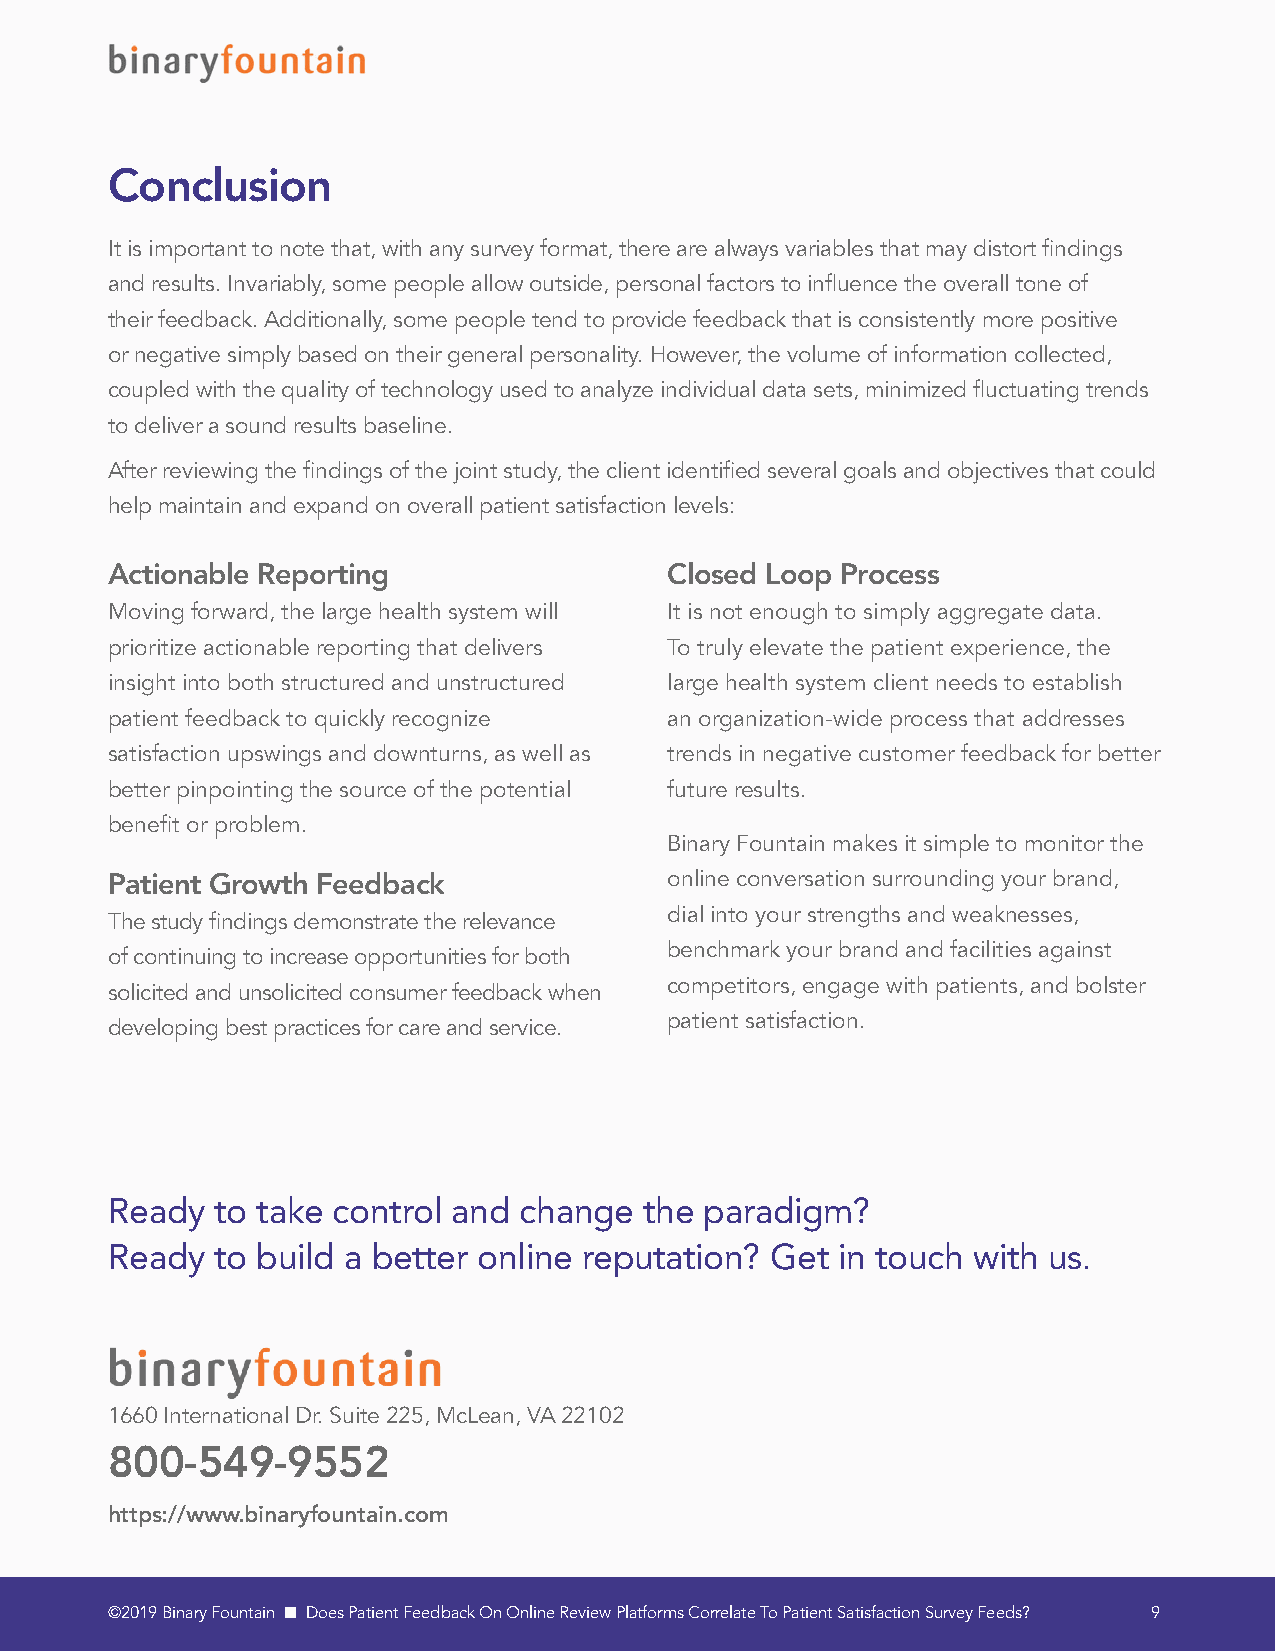
Conclusion
 It is important to note that, with any survey format, there are always variables that may distort findings
 and results. Invariably, some people allow outside, personal factors to influence the overall tone of
 their feedback. Additionally, some people tend to provide feedback that is consistently more positive
 or negative simply based on their general personality. However, the volume of information collected,
 coupled with the quality of technology used to analyze individual data sets, minimized fluctuating trends
 to deliver a sound results baseline.
 After reviewing the findings of the joint study, the client identified several goals and objectives that could
 help maintain and expand on overall patient satisfaction levels:
 Actionable Reporting                 Closed Loop Process
 Moving forward, the large health system will It is not enough to simply aggregate data.
 prioritize actionable reporting that delivers To truly elevate the patient experience, the
 insight into both structured and unstructured large health system client needs to establish
 patient feedback to quickly recognize an organization-wide process that addresses
 satisfaction upswings and downturns, as well as trends in negative customer feedback for better
 better pinpointing the source of the potential future results.
 benefit or problem.
 Binary Fountain makes it simple to monitor the
 Patient Growth Feedback              online conversation surrounding your brand,
 dial into your strengths and weaknesses,
 The study findings demonstrate the relevance
 benchmark your brand and facilities against
 of continuing to increase opportunities for both
 competitors, engage with patients, and bolster
 solicited and unsolicited consumer feedback when
 patient satisfaction.
 developing best practices for care and service.
 Ready  to take control and change   the paradigm?
 Ready  to build a better online reputation? Get in touch with us.
 1660 International Dr. Suite 225, McLean, VA 22102
 800-549-9552
 https://www.binaryfountain.com
 ©2019 Binary Fountain n Does Patient Feedback On Online Review Platforms Correlate To Patient Satisfaction Survey Feeds? 9